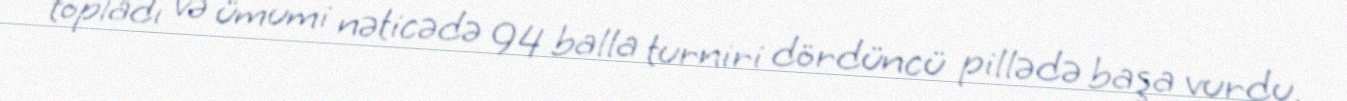
topladı və ümumi nəticədə 94 balla turniri dördüncü pillədə başa vurdu.